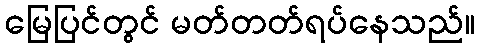
မြေပြင်တွင် မတ်တတ်ရပ်နေသည်။